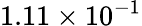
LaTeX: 1.11\times 10^{-1}